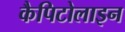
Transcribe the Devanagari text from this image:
कैपिटोलाइन